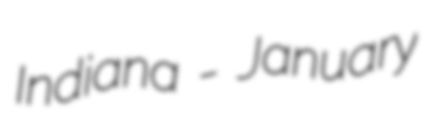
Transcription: Indiana - January